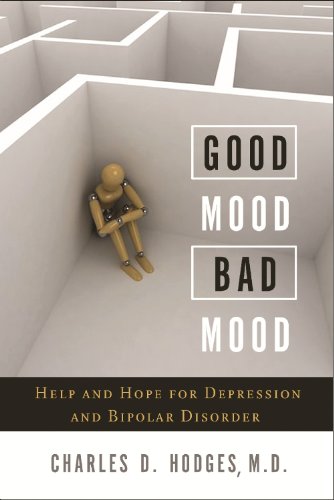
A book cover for Good Mood Bad Mood: Help and Hope for Depression and Bipolar Disorder; Charles D. Hodges M.D.; Health, Fitness & Dieting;